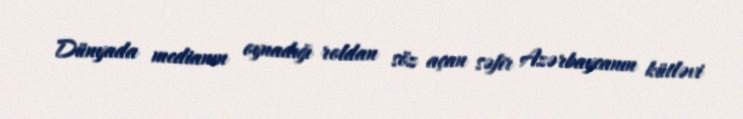
Dünyada medianın oynadığı roldan söz açan səfir Azərbaycanın kütləvi